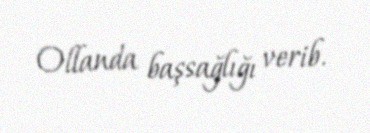
Ollanda başsağlığı verib.